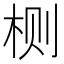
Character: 𱣐